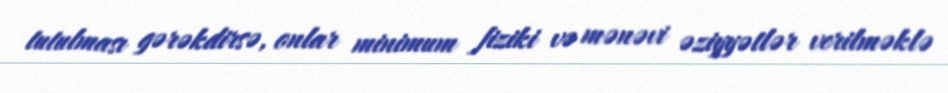
tutulması gərəkdirsə, onlar minimum fiziki və mənəvi əziyyətlər verilməklə